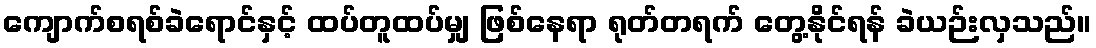
ကျောက်စရစ်ခဲရောင်နှင့် ထပ်တူထပ်မျှ ဖြစ်နေရာ ရုတ်တရက် တွေ့နိုင်ရန် ခဲယဉ်းလှသည်။